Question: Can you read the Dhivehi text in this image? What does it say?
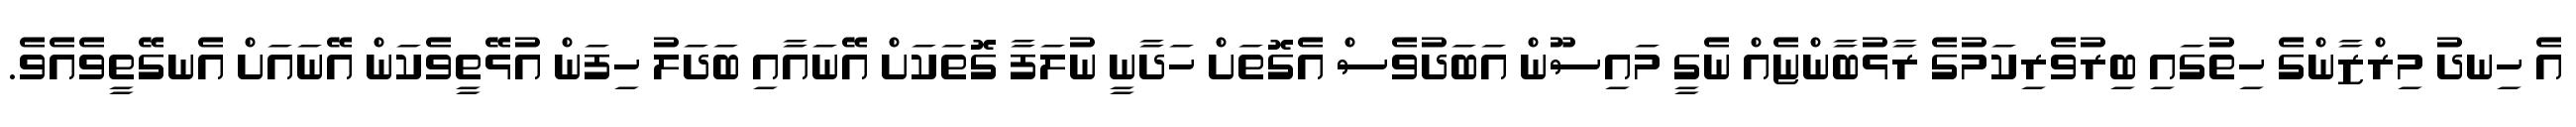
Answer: އެ ހިނދު މިރްޒާންގެ ހިތުގައި ބިރުވެރިކަމުގެ ރާޅުބާންޏެއް ނެގީ މައިސޫން އަބަދުވެސް އެގޮތަށް ހަދާނީ ނުލަފާ ގޮތަކަށް އޭނައާއި ބަދަލު ހިފަން އުޅޭތީވެކަން އޭނައަށް އެނގޭތީވެއެވެ.